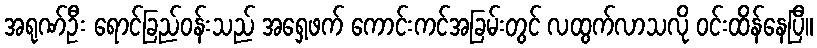
အရုဏ်ဦး ရောင်ခြည်ဝန်းသည် အရှေ့ဖက် ကောင်းကင်အခြမ်းတွင် လထွက်လာသလို ဝင်းထိန်နေပြီ။